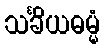
သင်္ခိယဓမ္မံ